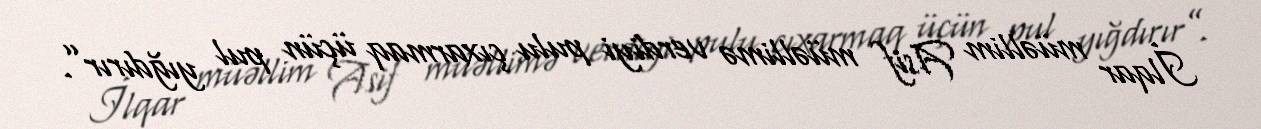
İlqar müəllim Asif müəllimə verdiyi pulu çıxarmaq üçün pul yığdırır”.